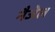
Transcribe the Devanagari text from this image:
नैजेल